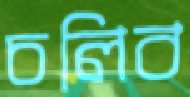
চলিব